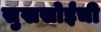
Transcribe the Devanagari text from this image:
सुखसोईंची